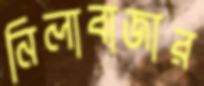
নিলাবাজার